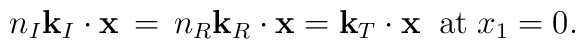
n_I{\bf k}_I\cdot{\bf x}\,=\,n_R{\bf k}_R\cdot{\bf x}=        {\bf k}_T\cdot{\bf x} \;\;\mbox{at}\; x_1=0.